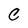
Character: C